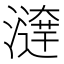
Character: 𤀱